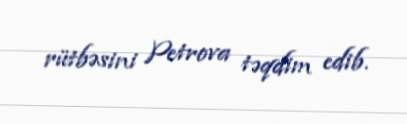
rütbəsini Petrova təqdim edib.